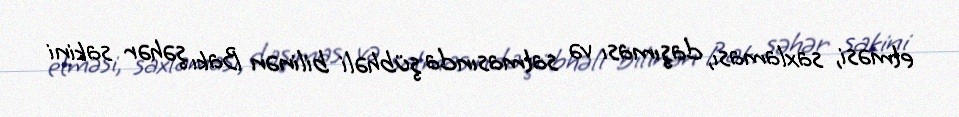
etməsi, saxlaması, daşıması və satmasında şübhəli bilinən Bakı şəhər sakini